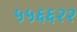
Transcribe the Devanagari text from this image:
५५६६२२